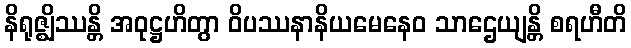
နိရုဇ္ဈိဿန္တိ အဝုဋ္ဌဟိတွာ ဝိပဿနာနိယမေနေဝ သာဌေယျန္တိ စရဟီတိ